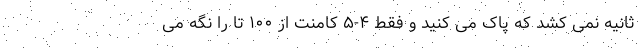
ثانیه نمی کشد که پاک می کنید و فقط ۴-۵ کامنت از ۱۰۰ تا را نگه می